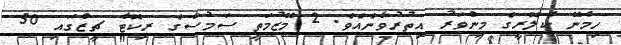
ހިމެނޭ ކެލޮރީގެ މިންވަރު އިތުރުވާނެއެވެ. 2 މޭޒުމަތީ ސަމުސާގެ ރިކޮޓާ ޗީޒްގައި 50